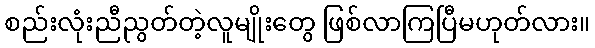
စည်းလုံးညီညွတ်တဲ့လူမျိုးတွေ ဖြစ်လာကြပြီမဟုတ်လား။